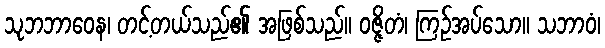
သုဘဘာဝေန၊ တင့်တယ်သည်၏ အဖြစ်သည်။ ဝဇ္ဇိတံ၊ ကြဉ်အပ်သော။ သဘာဝံ၊